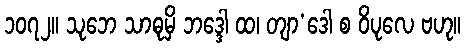
၁၀၇၂။ သုဘေ သာဓုမှိ ဘဒ္ဒေါ ထ၊ တျာ’ဒေါ စ ဝိပုလေ ဗဟု။